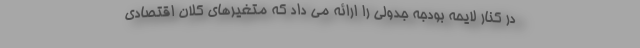
در کنار لایحه بودجه جدولی را ارائه می داد که متغیرهای کلان اقتصادی